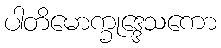
ပါတိမောက္ခုဒ္ဒေသကော